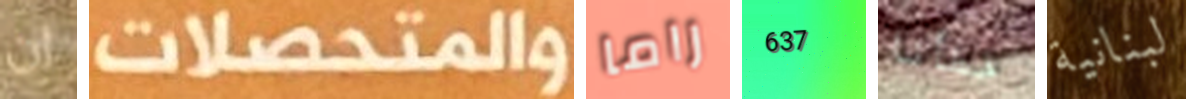
ان والمتحصلات راما 637 خطأنا لبنانية